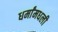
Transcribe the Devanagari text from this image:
धर्मांमधली